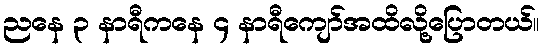
ညနေ ၃ နာရီကနေ ၄ နာရီကျော်အထိလို့ပြောတယ်။